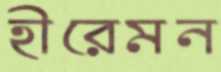
হীরেমন